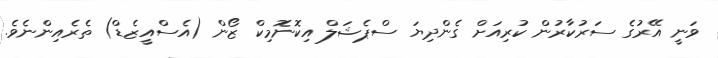
ވަނީ އޭރުގެ ސަރުކާރުން ކުރިއަށް ގެންދިޔަ ސްޕެޝަލް އިކޮނޮމިކް ޒޯން (އެސްއީޒެޑް) ތެރެއިންނެވެ.